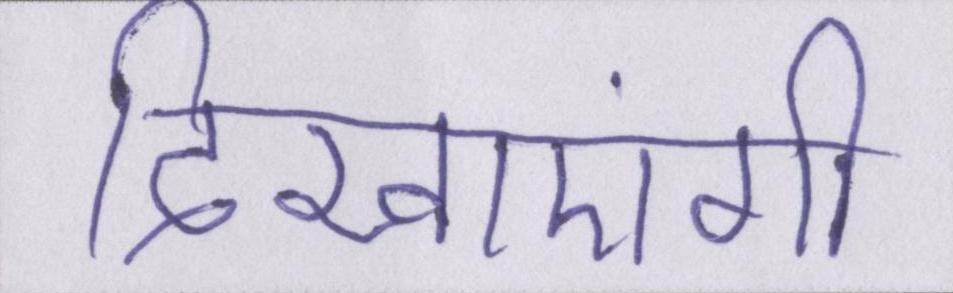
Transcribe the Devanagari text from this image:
दिखाएंगी